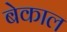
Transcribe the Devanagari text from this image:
बेकाल